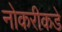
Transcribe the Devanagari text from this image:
नोकरीकडे